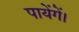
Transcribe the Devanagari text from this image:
पायेंगें।